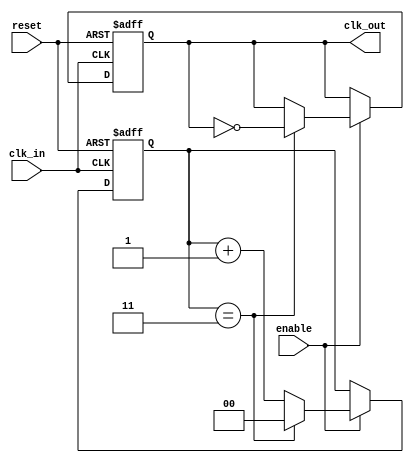
module clock_divider #(
    parameter DIV_FACTOR = 4  // Parameterized division factor (default is 4)
)(
    input wire clk_in,         // Input clock signal
    input wire reset,          // Asynchronous reset signal
    input wire enable,         // Enable signal for clock division
    output reg clk_out         // Output clock signal
);

    reg [$clog2(DIV_FACTOR)-1:0] counter; // Counter for clock division

    always @(posedge clk_in or posedge reset) begin
        if (reset) begin
            counter <= 0;      // Reset counter
            clk_out <= 0;      // Reset output clock
        end else if (enable) begin
            if (counter == DIV_FACTOR - 1) begin
                clk_out <= ~clk_out; // Toggle output clock
                counter <= 0;         // Reset counter
            end else begin
                counter <= counter + 1; // Increment counter
            end
        end
    end

endmodule